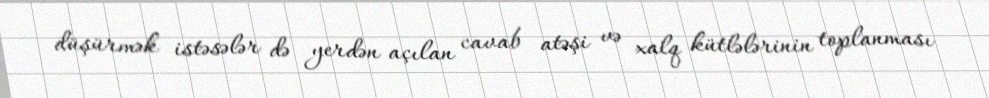
düşürmək istəsələr də yerdən açılan cavab atəşi və xalq kütlələrinin toplanması